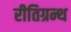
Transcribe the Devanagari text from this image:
रीतिग्रन्थ